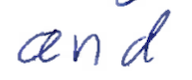
Text: and
Cross-out: clean
Writing tool: ballpoint